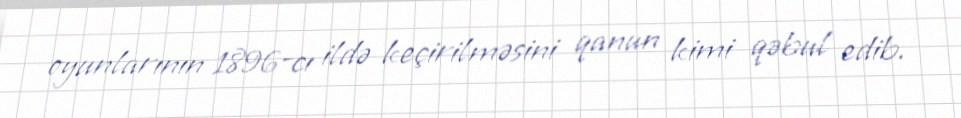
oyunlarının 1896-cı ildə keçirilməsini qanun kimi qəbul edib.